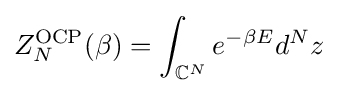
Z_{N}^{\text{OCP}}(\beta )=\int _{\mathbb {C} ^{N}}e^{-\beta E}d^{N}z